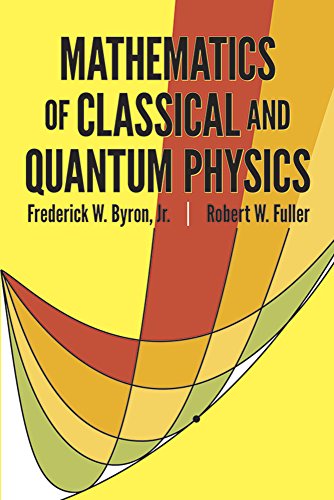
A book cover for Mathematics of Classical and Quantum Physics (Dover Books on Physics); Frederick W. Byron; Science & Math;